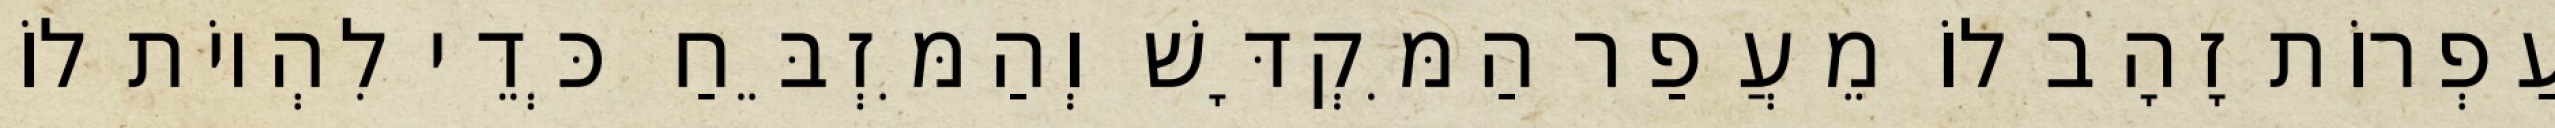
עַפְרוֹת זָהָב לוֹ מֵעֲפַר הַמִּקְדָּשׁ וְהַמִּזְבֵּחַ כְּדֵי לִהְיוֹת לוֹ